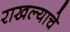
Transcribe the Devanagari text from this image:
राखल्याचे